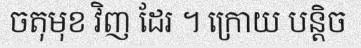
ចតុមុខ វិញ ដែរ ។ ក្រោយ បន្តិច